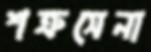
শত্রুসেনা